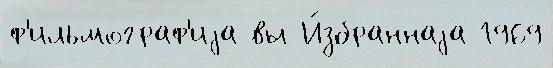
ф'ильмограф'иjа вы И́збраннаjа 1969